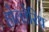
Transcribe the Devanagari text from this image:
होल्लेरिथ